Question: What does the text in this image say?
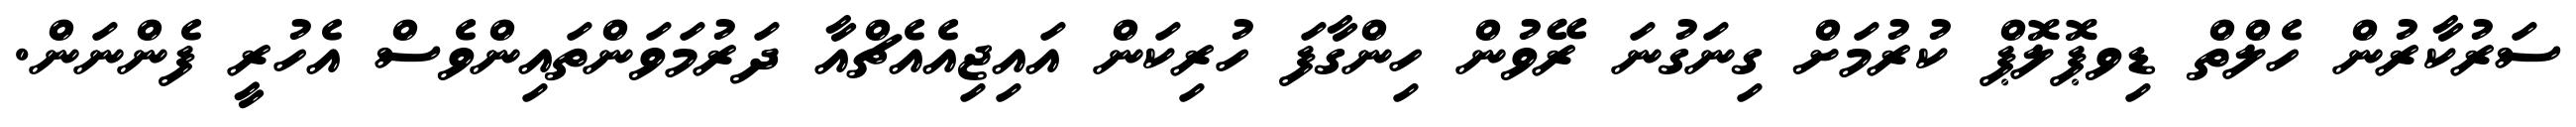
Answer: ސަރުކާރުން ހެލްތް ޑިވޕޮލޮޕް ކުރުމަށް ގިނަގުނަ ރޭވުން ހިންގާފަ ހުރިކަން އައިޖިއެއެޗްއާ ދަރުމަވަންތައިންވެސް އެހުރީ ފެންނަން.